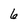
Character: 6